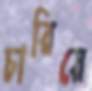
চারিয়ে